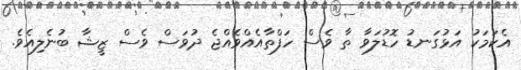
އެކަމަކު އަޅުގަނޑު ހޮޑުލަވާ ތާ ވެސް ހަފްތާއެއްވެއްޖެ ދުވަސް ވެސް ޒީޝާ ބުނެލިއެވެ.